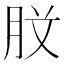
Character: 𭨰